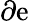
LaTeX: \partial\mathrm{e}